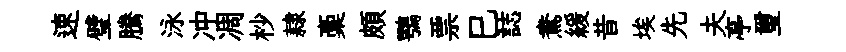
速璧騰泳冲凋杪隷稾頗鶚票巳誌鴦緩昔埃先夫亭璽